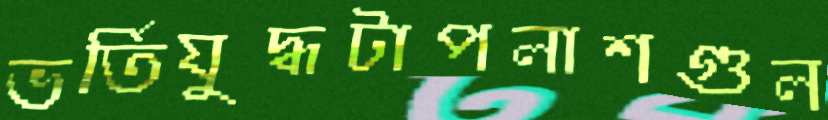
ভর্তিযুদ্ধটাপলাশগুল